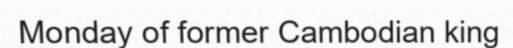
Monday of former Cambodian king